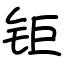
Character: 钜